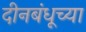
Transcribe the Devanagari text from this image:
दीनबंधूच्या